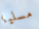
مسليا